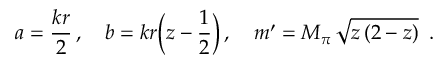
a = \frac { k r } { 2 } \, , \quad b = k r \biggl ( z - \frac { 1 } { 2 } \biggr ) \, , \quad m ^ { \prime } = M _ { \pi } \, \sqrt { z \, ( 2 - z ) } \, \, \, .